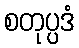
စတုပ္ပဒံ